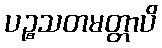
ပဉ္စသတမတ္တာပိ